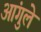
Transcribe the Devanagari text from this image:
आंगुले